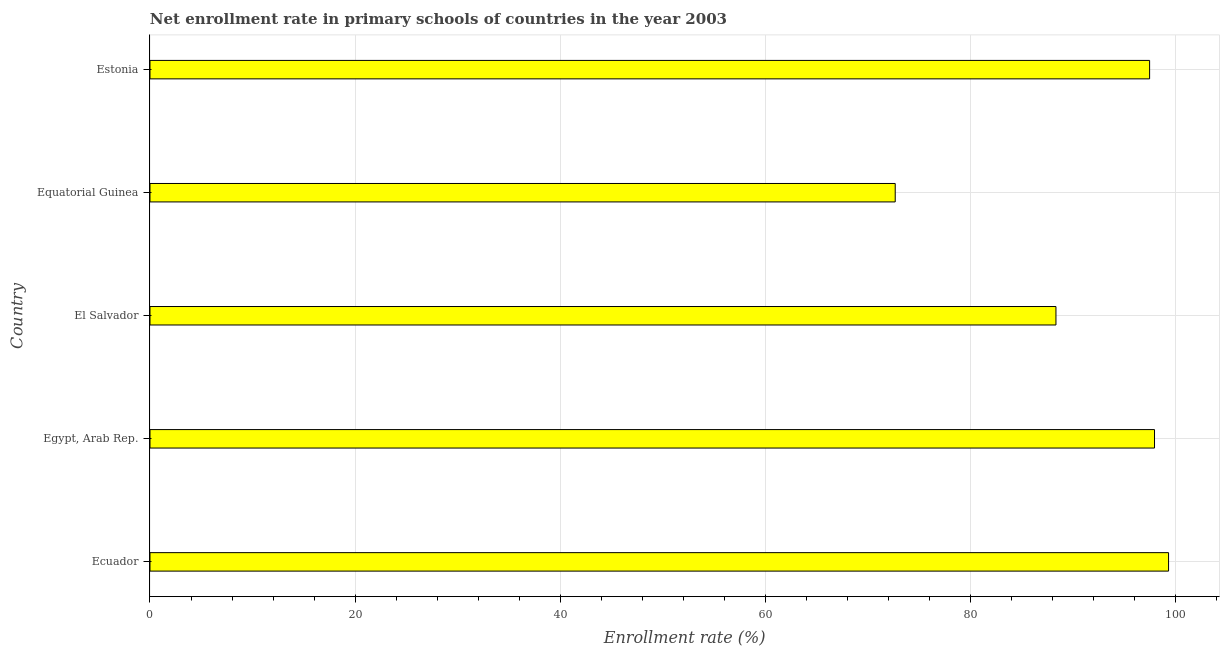
| Country | Adjusted net enrolment rate |
 | --- | --- |
 | Ecuador | 99.3 |
 | Egypt, Arab Rep. | 98 |
 | El Salvador | 88.4 |
 | Equatorial Guinea | 72.7 |
 | Estonia | 97.5 |